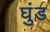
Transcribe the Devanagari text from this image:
घुंड